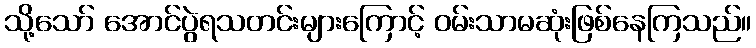
သို့သော် အောင်ပွဲရသတင်းများကြောင့် ဝမ်းသာမဆုံးဖြစ်နေကြသည်။